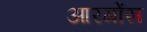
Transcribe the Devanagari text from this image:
आरगोंस